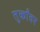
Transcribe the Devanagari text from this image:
तुर्कांवर